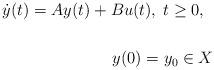
LaTeX: \begin{align*} \dot{y}(t)=Ay(t) + B u(t),\; t\ge 0,\; \;\\ \\ y(0)=y_0\in X\end{align*}